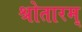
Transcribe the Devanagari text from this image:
श्रोतारम्